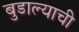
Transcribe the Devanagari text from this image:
बुडाल्याची